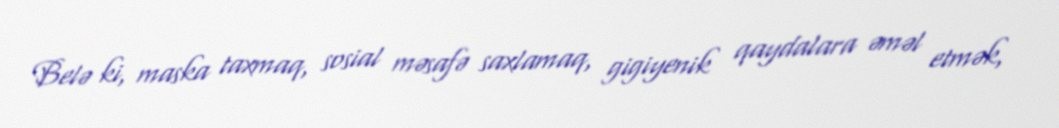
Belə ki, maska taxmaq, sosial məsafə saxlamaq, gigiyenik qaydalara əməl etmək,